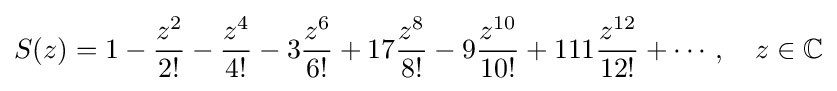
S(z)=1-{\frac {z^{2}}{2!}}-{\frac {z^{4}}{4!}}-3{\frac {z^{6}}{6!}}+17{\frac {z^{8}}{8!}}-9{\frac {z^{10}}{10!}}+111{\frac {z^{12}}{12!}}+\cdots ,\quad z\in \mathbb {C}